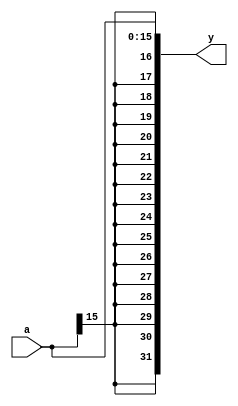

`timescale 1ns/1ns


module signext( input  [15:0] a,
                output [31:0] y 
                );

    assign y = { {16{a[15]}} , a };
    
endmodule